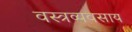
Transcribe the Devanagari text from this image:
वस्त्रव्यवसाय